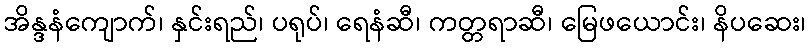
အိန္ဒနံကျောက်၊ နှင်းရည်၊ ပရုပ်၊ ရေနံဆီ၊ ကတ္တရာဆီ၊ မြေဖယောင်း၊ နိပဆေး၊